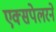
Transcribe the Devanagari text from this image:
एक्सपेलरने